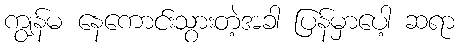
ကျွန်မ နေကောင်းသွားတဲ့အခါ ပြန်မှာပေါ့ ဆရာ